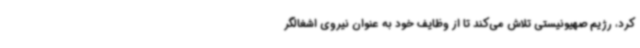
کرد، رژیم صهیونیستی تلاش می‌کند تا از وظایف خود به عنوان نیروی اشغالگر